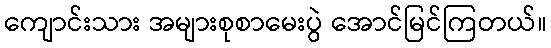
ကျောင်းသား အများစုစာမေးပွဲ အောင်မြင်ကြတယ်။